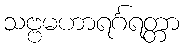
သဗ္ဗမဟာရင်္ဂရတ္တာ